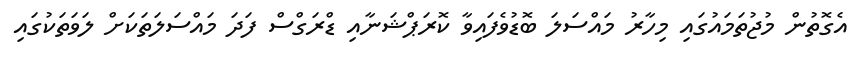
އެގޮތުން މުޖުތަމައުގައި މިހާރު މައްސަލަ ބޮޑުވެފައިވާ ކޮރަޕްޝަނާއި ޑްރަގްސް ފަދަ މައްސަލަތަކަށް ލަވަތަކުގައި